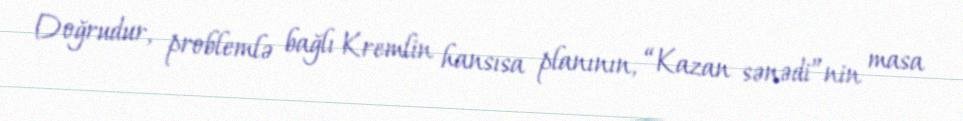
Doğrudur, problemlə bağlı Kremlin hansısa planının, “Kazan sənədi”nin masa